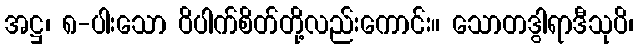
အဋ္ဌ၊ ၈-ပါးသော ဝိပါက်စိတ်တို့လည်းကောင်း။ သောတဒွါရာဒီသုပိ၊